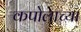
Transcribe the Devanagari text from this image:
कपोलाच्या